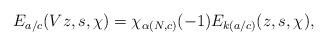
LaTeX: \begin{align*}E_{a/c}(Vz, s, \chi)=\chi_{\alpha(N, c)}(-1) E_{k(a/c)}(z, s, \chi),\end{align*}